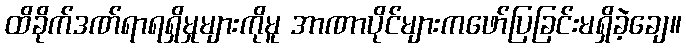
ထိခိုက်ဒဏ်ရာရရှိမှုများကိုမူ အာဏာပိုင်များကဖော်ပြခြင်းမရှိခဲ့ချေ။